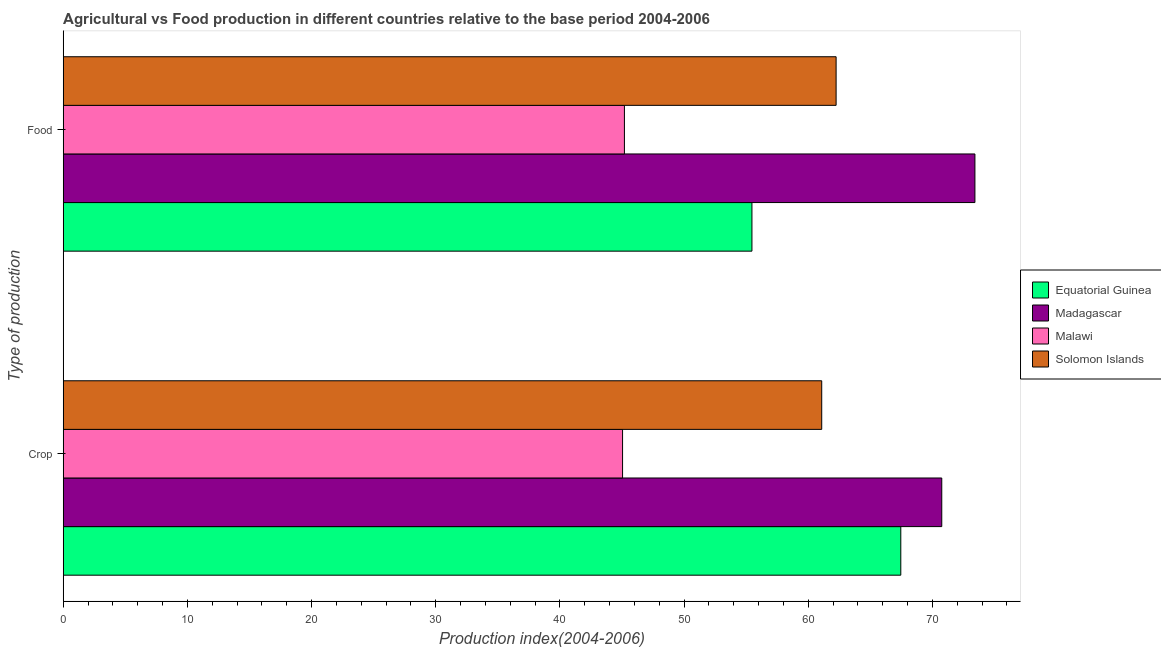
| Type of production | Equatorial Guinea | Madagascar | Malawi | Solomon Islands |
 | --- | --- | --- | --- | --- |
 | Crop | 67.5 | 70.8 | 45 | 61.1 |
 | Food | 55.5 | 73.4 | 45.2 | 62.2 |